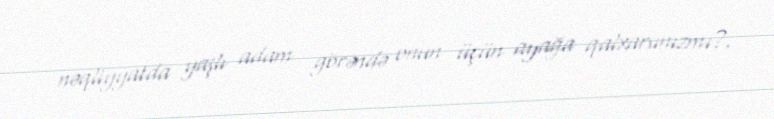
nəqliyyatda yaşlı adam görəndə onun üçün ayağa qalxarsınızmı?.